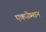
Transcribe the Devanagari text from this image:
एकजेम्शन